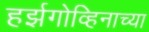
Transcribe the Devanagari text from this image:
हर्झगोव्हिनाच्या